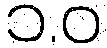
၁.ဝ